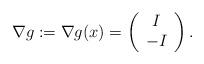
LaTeX: \begin{align*} \nabla g := \nabla g(x) = \left(\begin{array}{c} I \\ -I \end{array}\right).\end{align*}